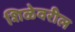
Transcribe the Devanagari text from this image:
शिळेवरील